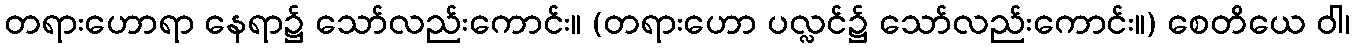
တရားဟောရာ နေရာ၌ သော်လည်းကောင်း။ (တရားဟော ပလ္လင်၌ သော်လည်းကောင်း။) စေတိယေ ဝါ၊